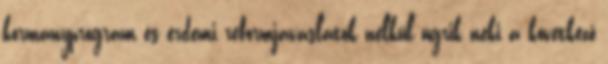
kormányprogram és érdemi reformjavaslatok nélkül ugrik neki a következő